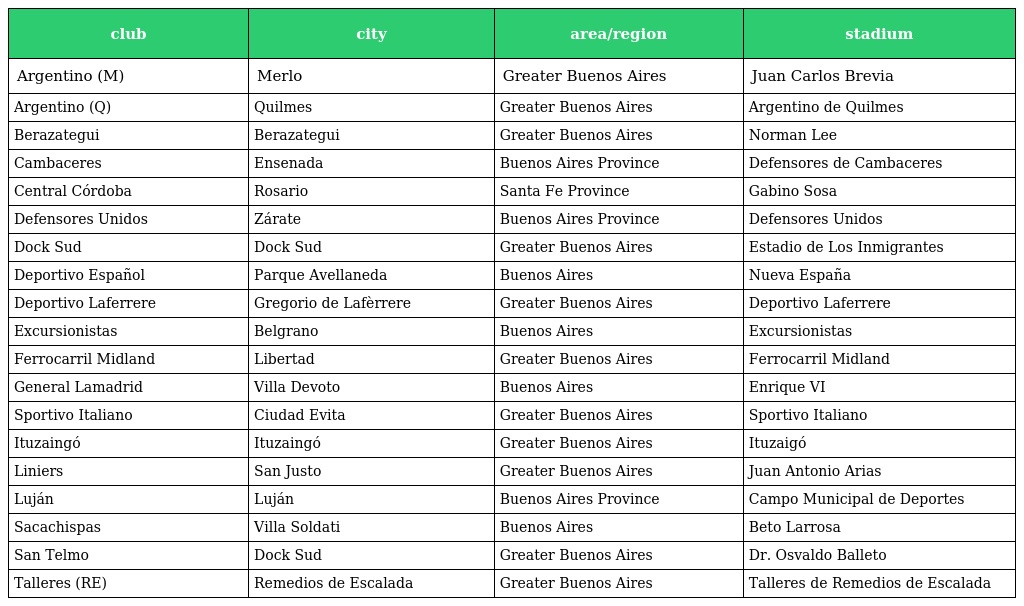
| club | city | area/region | stadium |
 | --- | --- | --- | --- |
 | Argentino (M) | Merlo | Greater Buenos Aires | Juan Carlos Brevia |
 | Argentino (Q) | Quilmes | Greater Buenos Aires | Argentino de Quilmes |
 | Berazategui | Berazategui | Greater Buenos Aires | Norman Lee |
 | Cambaceres | Ensenada | Buenos Aires Province | Defensores de Cambaceres |
 | Central Córdoba | Rosario | Santa Fe Province | Gabino Sosa |
 | Defensores Unidos | Zárate | Buenos Aires Province | Defensores Unidos |
 | Dock Sud | Dock Sud | Greater Buenos Aires | Estadio de Los Inmigrantes |
 | Deportivo Español | Parque Avellaneda | Buenos Aires | Nueva España |
 | Deportivo Laferrere | Gregorio de Lafèrrere | Greater Buenos Aires | Deportivo Laferrere |
 | Excursionistas | Belgrano | Buenos Aires | Excursionistas |
 | Ferrocarril Midland | Libertad | Greater Buenos Aires | Ferrocarril Midland |
 | General Lamadrid | Villa Devoto | Buenos Aires | Enrique VI |
 | Sportivo Italiano | Ciudad Evita | Greater Buenos Aires | Sportivo Italiano |
 | Ituzaingó | Ituzaingó | Greater Buenos Aires | Ituzaigó |
 | Liniers | San Justo | Greater Buenos Aires | Juan Antonio Arias |
 | Luján | Luján | Buenos Aires Province | Campo Municipal de Deportes |
 | Sacachispas | Villa Soldati | Buenos Aires | Beto Larrosa |
 | San Telmo | Dock Sud | Greater Buenos Aires | Dr. Osvaldo Balleto |
 | Talleres (RE) | Remedios de Escalada | Greater Buenos Aires | Talleres de Remedios de Escalada |